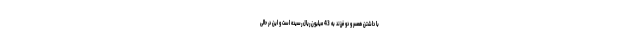
با داشتن همسر و دو فرزند به 43 میلیون ریال رسیده است و این در حالی